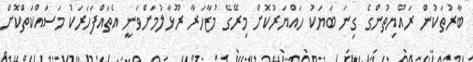
ބާރުތަކުން ރައްޔިތުންގެ ގިނަ ބަޔަކު ހައްޔަރުކޮށް މިރޭގެ މުޒާހަރާ ރޫޅާލުމަށްވަނީ އެތައްފަހަރަކު މަސައްކަތްކޮށް